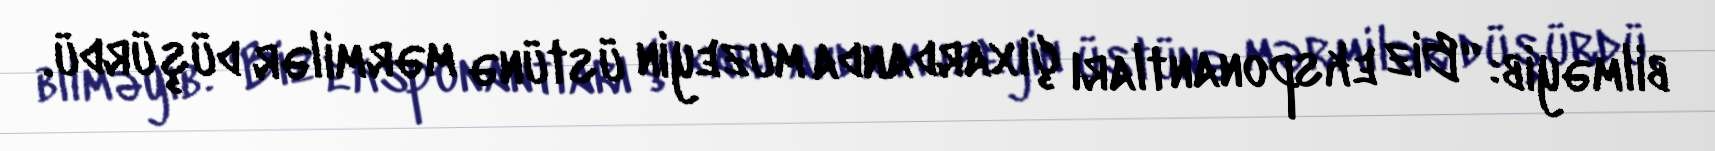
bilməyib: “Biz eksponantları çıxardanda muzeyin üstünə mərmilər düşürdü.